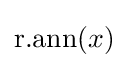
\mathrm {r.ann} (x)